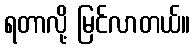
ရတာလို့ မြင်လာတယ်။